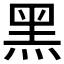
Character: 黑